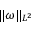
\Vert \omega \Vert _ { L ^ { 2 } }